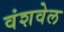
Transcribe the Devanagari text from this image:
वंशवेल